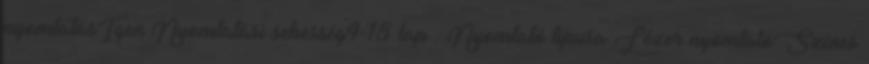
nyomtatásIgen Nyomtatási sebesség4-18 lap . Nyomtató típusa Lézer nyomtatóSzínes